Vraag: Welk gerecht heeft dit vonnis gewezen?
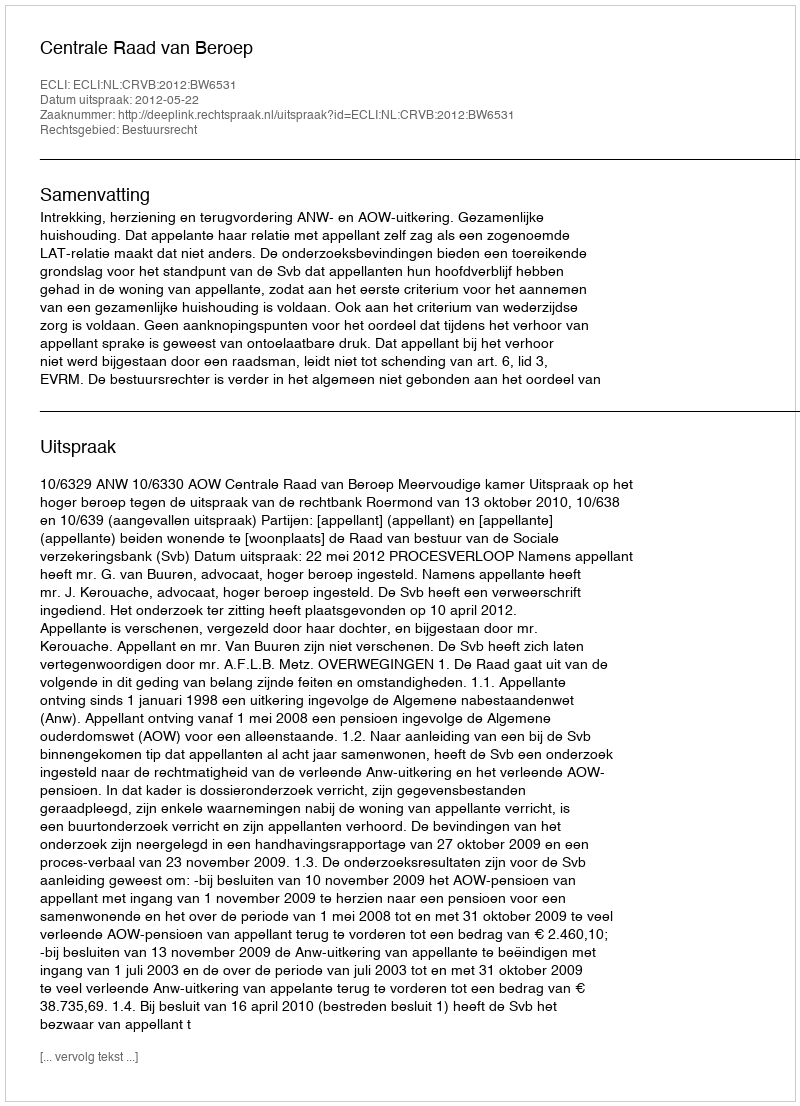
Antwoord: Centrale Raad van Beroep